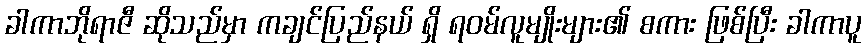
ခါကာဘိုရာဇီ ဆိုသည်မှာ ကချင်ပြည်နယ် ရှိ ရဝမ်လူမျိုးများ၏ စကား ဖြစ်ပြီး ခါကာပူ